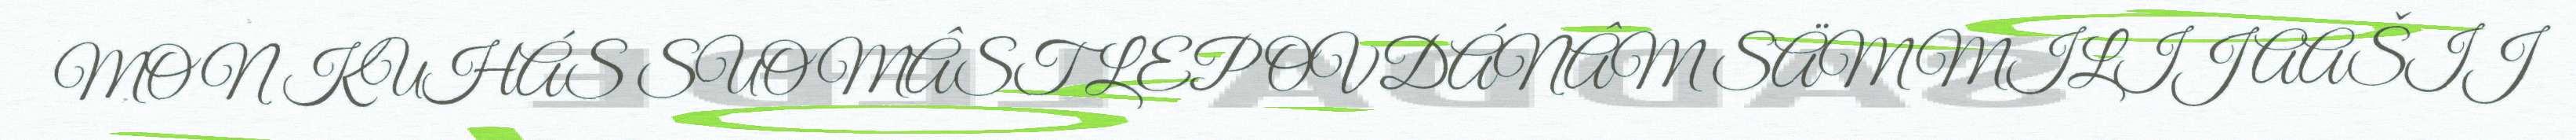
MON KUHÁS SUOMÂST LEP OVDÁNÂM SÄMMILIJ AAŠIJ